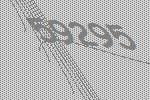
59295